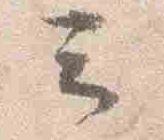
云